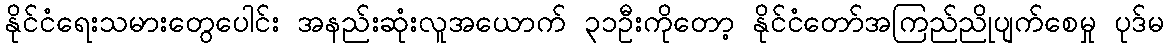
နိုင်ငံရေးသမားတွေပေါင်း အနည်းဆုံးလူအယောက် ၃၁ဦးကိုတော့ နိုင်ငံတော်အကြည်ညိုပျက်စေမှု ပုဒ်မ